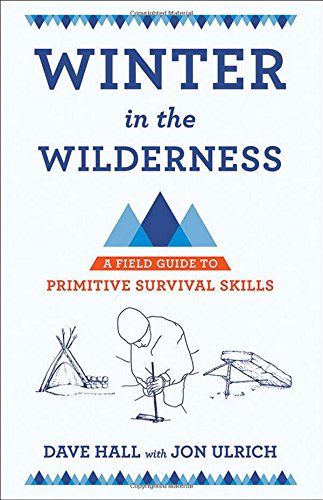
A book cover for Winter in the Wilderness: A Field Guide to Primitive Survival Skills; Dave Hall; Sports & Outdoors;